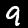
Label: 9